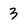
Character: 3